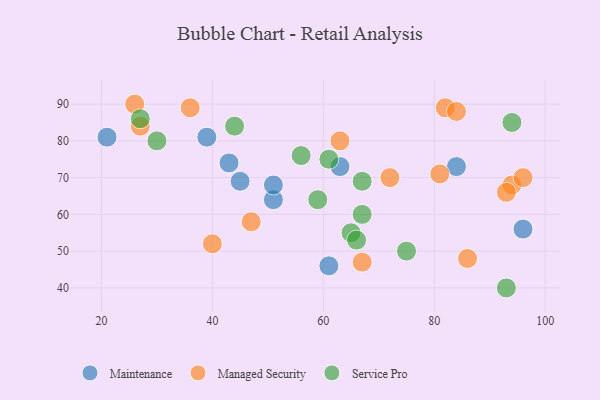
{"axis": {"x": "GDP", "y": "Life Expectancy"}, "legend": ["Maintenance", "Managed Security", "Service Pro"], "data": [{"x": "45", "y": 69, "type": "Maintenance"}, {"x": "84", "y": 73, "type": "Maintenance"}, {"x": "61", "y": 46, "type": "Maintenance"}, {"x": "21", "y": 81, "type": "Maintenance"}, {"x": "39", "y": 81, "type": "Maintenance"}, {"x": "96", "y": 56, "type": "Maintenance"}, {"x": "43", "y": 74, "type": "Maintenance"}, {"x": "51", "y": 64, "type": "Maintenance"}, {"x": "51", "y": 68, "type": "Maintenance"}, {"x": "63", "y": 73, "type": "Maintenance"}, {"x": "86", "y": 48, "type": "Managed Security"}, {"x": "27", "y": 84, "type": "Managed Security"}, {"x": "82", "y": 89, "type": "Managed Security"}, {"x": "94", "y": 68, "type": "Managed Security"}, {"x": "84", "y": 88, "type": "Managed Security"}, {"x": "67", "y": 47, "type": "Managed Security"}, {"x": "36", "y": 89, "type": "Managed Security"}, {"x": "96", "y": 70, "type": "Managed Security"}, {"x": "47", "y": 58, "type": "Managed Security"}, {"x": "93", "y": 66, "type": "Managed Security"}, {"x": "40", "y": 52, "type": "Managed Security"}, {"x": "63", "y": 80, "type": "Managed Security"}, {"x": "72", "y": 70, "type": "Managed Security"}, {"x": "81", "y": 71, "type": "Managed Security"}, {"x": "26", "y": 90, "type": "Managed Security"}, {"x": "56", "y": 76, "type": "Service Pro"}, {"x": "59", "y": 64, "type": "Service Pro"}, {"x": "93", "y": 40, "type": "Service Pro"}, {"x": "67", "y": 60, "type": "Service Pro"}, {"x": "94", "y": 85, "type": "Service Pro"}, {"x": "27", "y": 86, "type": "Service Pro"}, {"x": "65", "y": 55, "type": "Service Pro"}, {"x": "61", "y": 75, "type": "Service Pro"}, {"x": "44", "y": 84, "type": "Service Pro"}, {"x": "66", "y": 53, "type": "Service Pro"}, {"x": "75", "y": 50, "type": "Service Pro"}, {"x": "67", "y": 69, "type": "Service Pro"}, {"x": "30", "y": 80, "type": "Service Pro"}]}